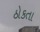
ઠોકતા